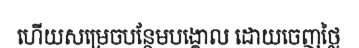
ហើយសម្រេចបន្ថែមបង្គោល ដោយចេញថ្លៃ